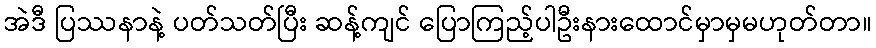
အဲဒီ ပြဿနာနဲ့ ပတ်သတ်ပြီး ဆန့်ကျင် ပြောကြည့်ပါဦးနားထောင်မှာမှမဟုတ်တာ။